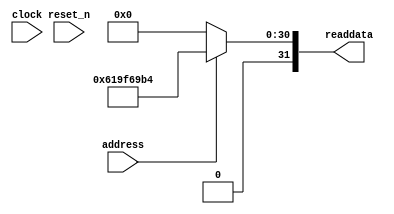
// (C) 2001-2018 Intel Corporation. All rights reserved.
// Your use of Intel Corporation's design tools, logic functions and other 
// software and tools, and its AMPP partner logic functions, and any output 
// files from any of the foregoing (including device programming or simulation 
// files), and any associated documentation or information are expressly subject 
// to the terms and conditions of the Intel Program License Subscription 
// Agreement, Intel FPGA IP License Agreement, or other applicable 
// license agreement, including, without limitation, that your use is for the 
// sole purpose of programming logic devices manufactured by Intel and sold by 
// Intel or its authorized distributors.  Please refer to the applicable 
// agreement for further details.


//Legal Notice: (C)2010 Altera Corporation. All rights reserved.  Your
//use of Altera Corporation's design tools, logic functions and other
//software and tools, and its AMPP partner logic functions, and any
//output files any of the foregoing (including device programming or
//simulation files), and any associated documentation or information are
//expressly subject to the terms and conditions of the Altera Program
//License Subscription Agreement or other applicable license agreement,
//including, without limitation, that your use is for the sole purpose
//of programming logic devices manufactured by Altera and sold by Altera
//or its authorized distributors.  Please refer to the applicable
//agreement for further details.

// synthesis translate_off
`timescale 1ns / 1ps
// synthesis translate_on

// turn off superfluous verilog processor warnings 
// altera message_level Level1 
// altera message_off 10034 10035 10036 10037 10230 10240 10030 

module lab8_soc_sysid_qsys_0 (
               // inputs:
                address,
                clock,
                reset_n,

               // outputs:
                readdata
             )
;

  output  [ 31: 0] readdata;
  input            address;
  input            clock;
  input            reset_n;

  wire    [ 31: 0] readdata;
  //control_slave, which is an e_avalon_slave
  assign readdata = address ? 1637837236 : 0;

endmodule